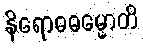
နိရောဓဓမ္မောတိ